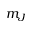
m _ { J }